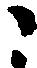
こ